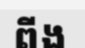
ពីង